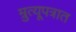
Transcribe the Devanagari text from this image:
म्रुत्यूपत्रात